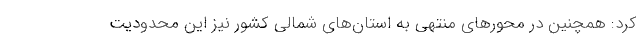
کرد: همچنین در محورهای منتهی به استان‌های شمالی کشور نیز این محدودیت